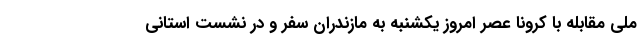
ملی مقابله با کرونا عصر امروز یکشنبه به مازندران سفر و در نشست استانی